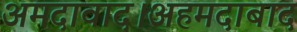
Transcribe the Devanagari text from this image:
अमदावाद।अहमदाबाद